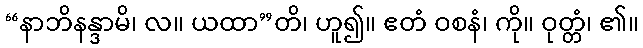
“နာဘိနန္ဒာမိ၊ လ။ ယထာ”တိ၊ ဟူ၍။ ဧတံ ဝစနံ၊ ကို။ ဝုတ္တံ၊ ၏။